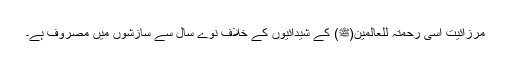
مرزائیت اسی رحمتہ للعالمین(ﷺ) کے شیدائیوں کے خلاف نوے سال سے سازشوں میں مصروف ہے۔